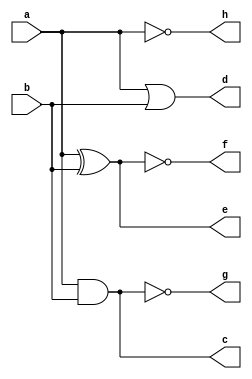
// This program was cloned from: https://github.com/paollacq/Verilog
// License: MIT License

module logic_gate(a,b,c,d,e,f,g,h);
    input a,b;
    output c,d,e,f,g,h;
    and(c,a,b);
    or(d,a,b);
    xor(e,a,b);
    xnor(f,a,b);
    nand(g,a,b);
    not(h,a);
endmodule

module test_bench;
    reg a,b;
    wire c,d,e,f,g,h;
    logic_gate t(a,b,c,d,e,f,g,h);
    initial 
    begin
    $dumpfile("vcd/LogicGate.vcd");
    $dumpvars(0,test_bench);
    $monitor("a=%b,b=%b,and=%b,or=%b,nand=%b,nor=%b,xor=%b,not=%b",a,b,c,d,e,f,g,h);
    a=0; b=0; #10
    a=1; b=0; #10
    a=0; b=1; #10
    a=1; b=1; #10
    $finish;
    end
endmodule